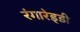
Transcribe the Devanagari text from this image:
रंगारेड्‍डी